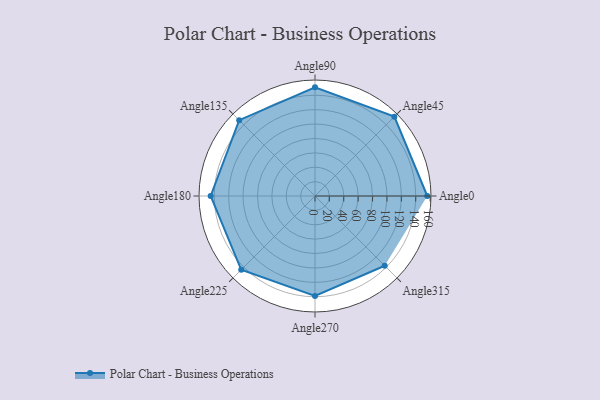
{"axis": {"x": "Angle", "y": "Radius"}, "legend": [""], "data": [{"x": "Angle0", "y": 156.0, "type": ""}, {"x": "Angle45", "y": 156.0, "type": ""}, {"x": "Angle90", "y": 151.0, "type": ""}, {"x": "Angle135", "y": 149.0, "type": ""}, {"x": "Angle180", "y": 145.0, "type": ""}, {"x": "Angle225", "y": 145.0, "type": ""}, {"x": "Angle270", "y": 139.0, "type": ""}, {"x": "Angle315", "y": 137.0, "type": ""}]}